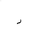
Letter: _ra